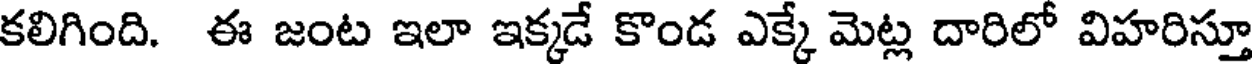
కలిగింది. ఈ జంట ఇలా ఇక్కడే కొండ ఎక్కే మెట్ల దారిలో విహరిస్తూ